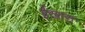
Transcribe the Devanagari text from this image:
ईखारा